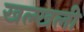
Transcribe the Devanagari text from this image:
खल्खली